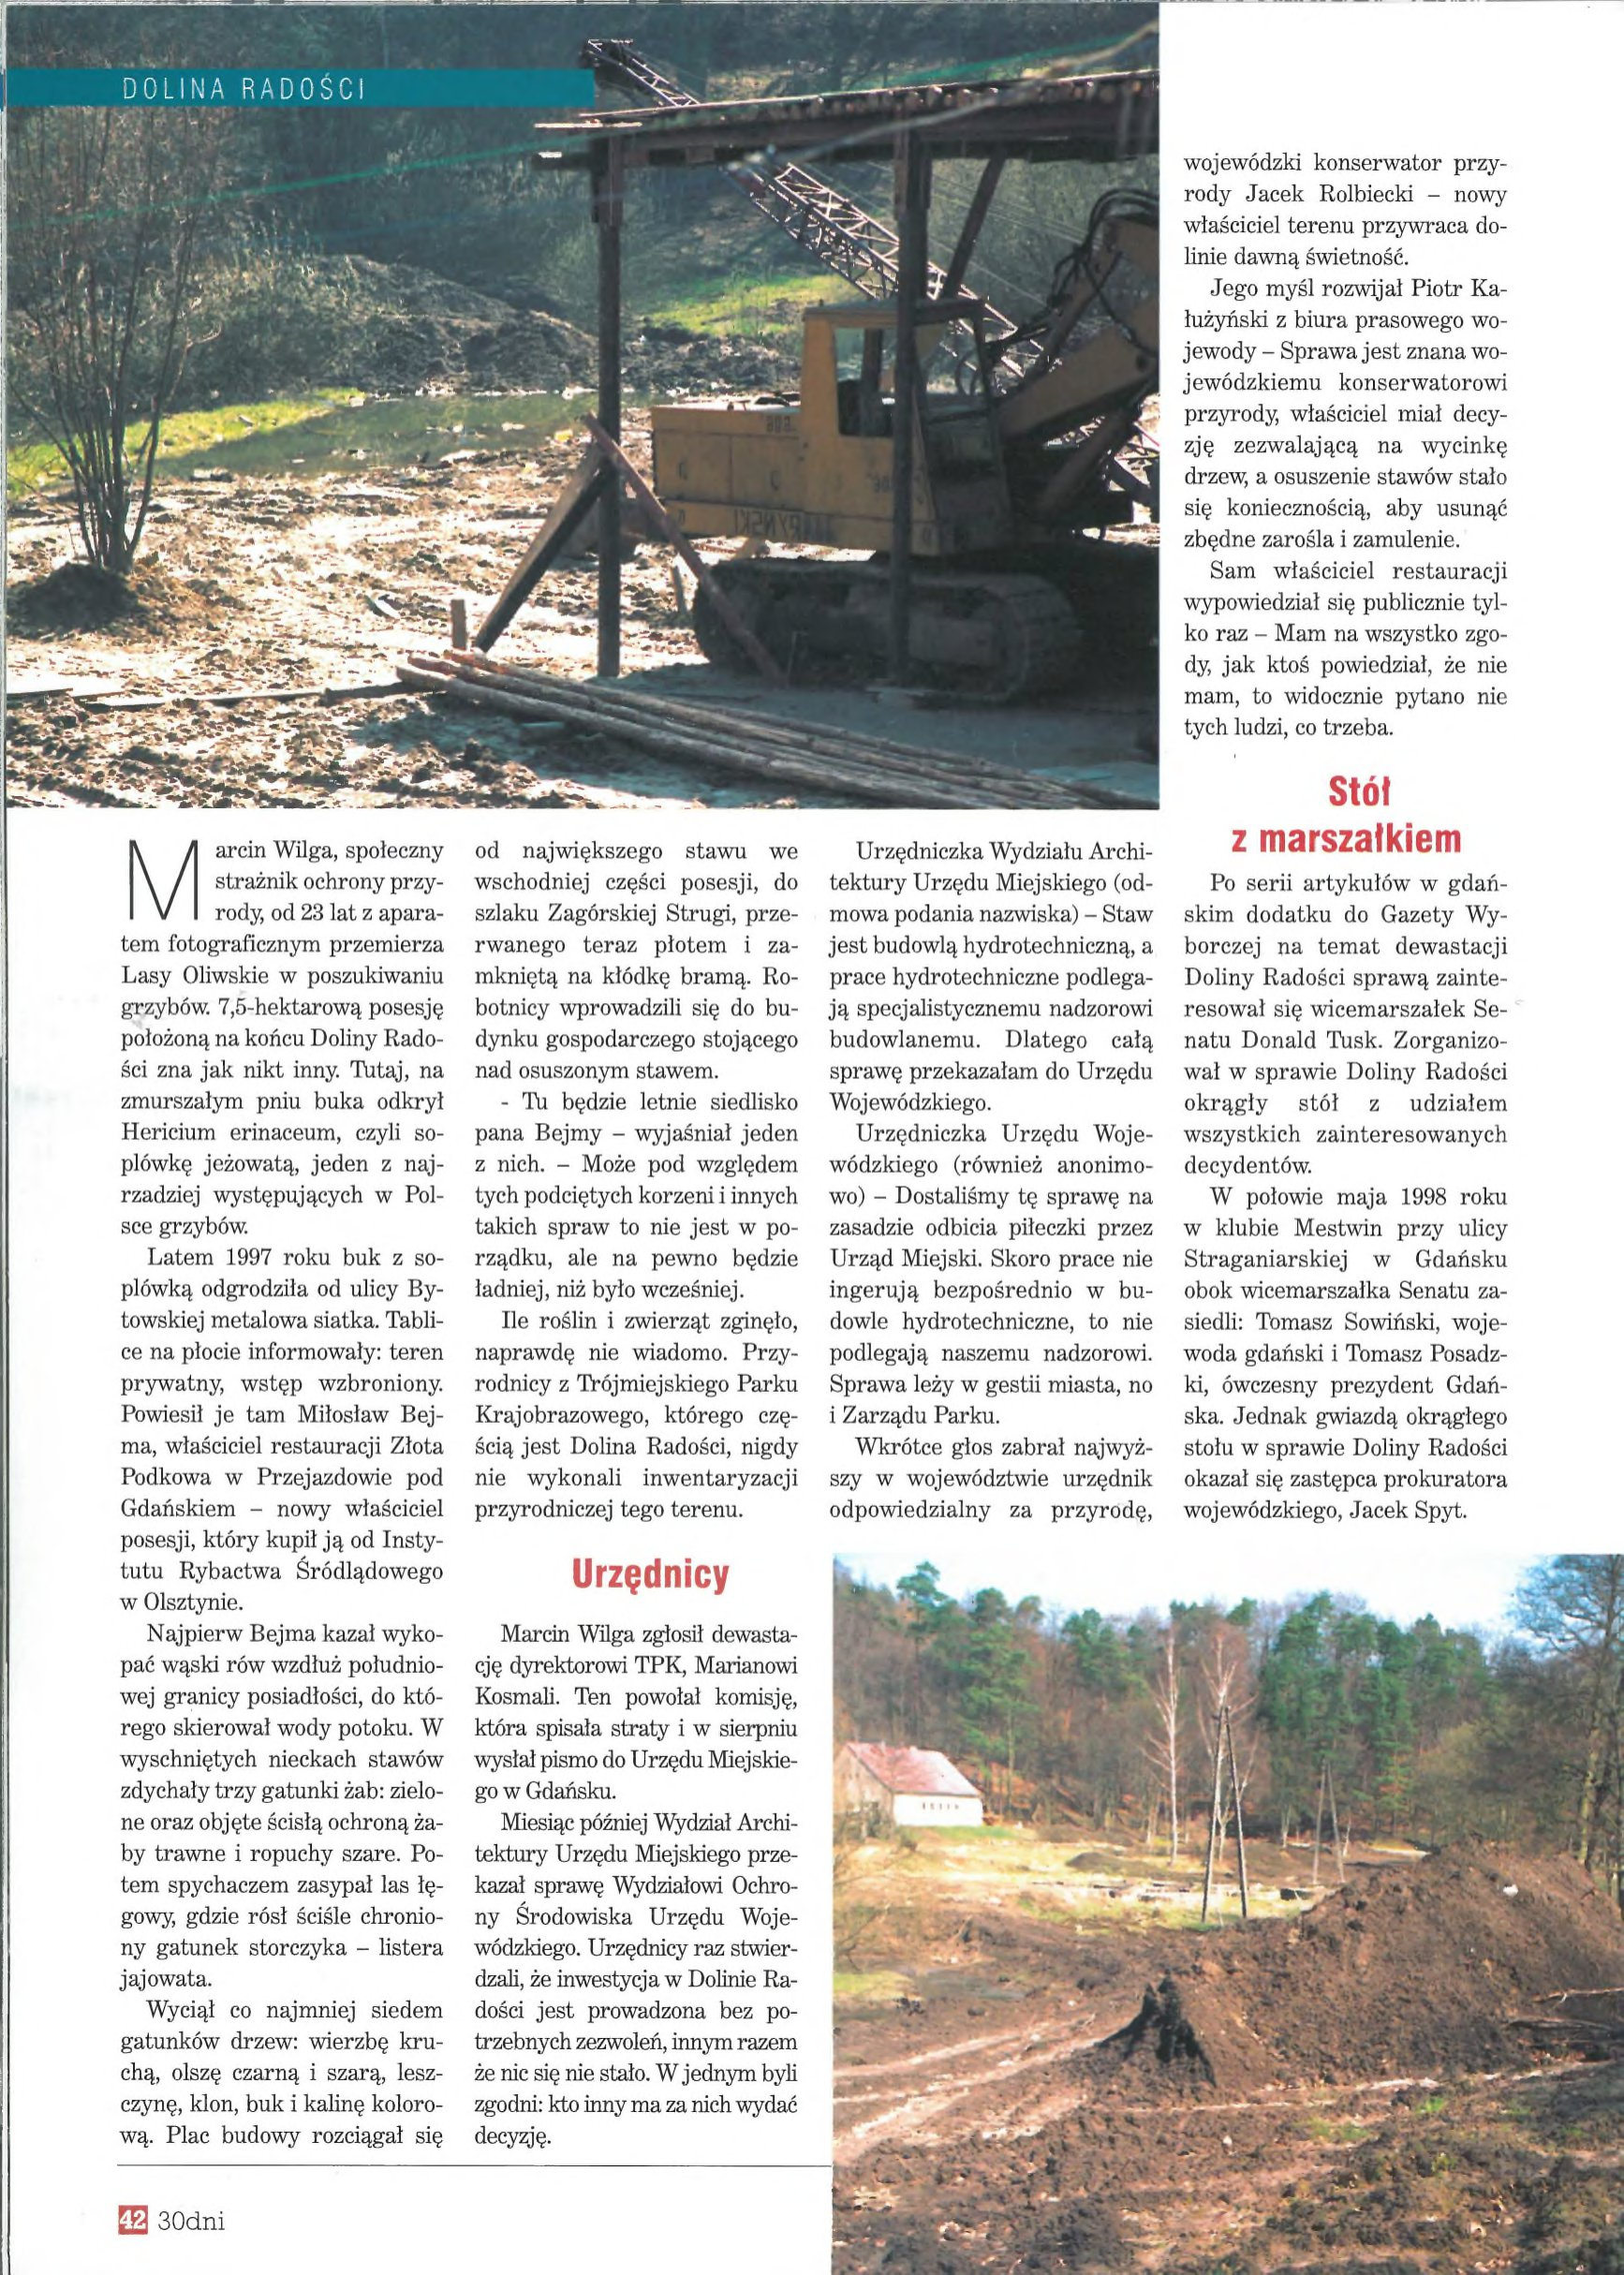
Language: pl